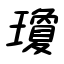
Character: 瓊